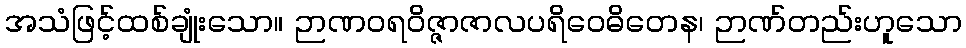
အသံဖြင့်ထစ်ချုံးသော။ ဉာဏဝရဝိဇ္ဇာဇာလပရိဝေဓိတေန၊ ဉာဏ်တည်းဟူသော